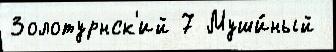
Золотурнск'ий 7 Муши́ный